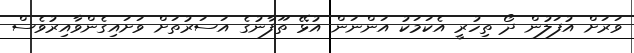
ވަރަށް އުފަލުން ދޯ ތިހުރީ އެކަމަކު އަންނަން އުޅޭ ތޫފާނުގެ އަސަރުތަށް ވަށައިގެންވާއިރުވެސް